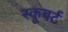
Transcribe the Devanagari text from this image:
स्कूबर्ट